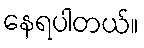
နေရပါတယ်။